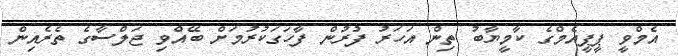
އެމްވީ ޕީޕީއެމްގެ ކާމީޔާބު ތިން އަހަރު ފުރުން ފާހަގަކުރުމަށް ބޭއްވި ޖަލްސާގެ ތެރެއިން